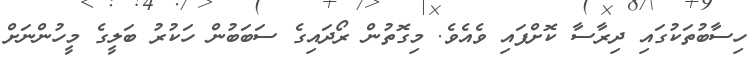
ހިސާބުތަކުގައި ދިރާސާ ކޮށްފައި ވެއެވެ. މިގޮތުން ރޯދައިގެ ސަބަބުން ހަކުރު ބަލީގެ މީހުންނަށް